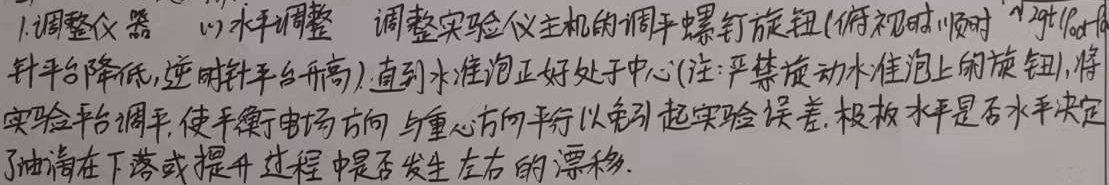
1. 调整仪器
(1) 水平调整：调整实验仪主机的调平螺钉旋钮(俯视时顺时针平台降低，逆时针平台升高)，直到水准泡正好处于中心(注：严禁旋动水准泡上的旋钮)，将实验平台调平，使平衡电场方向与重心方向平行以免引起实验误差。极板水平是否水平决定了油滴在下落或提升过程中是否发生左右的漂移。